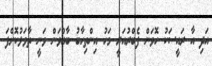
އަދި އާ ރައީސަކު ހޮވަން ފެބްރުއަރީ މަހު އިންތިހާބު ބާއްވަން ވަނީ ތާވަލުކޮށްފަ